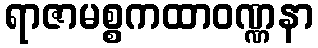
ရာဇာမစ္စကထာဝဏ္ဏနာ